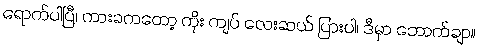
ရောက်ပါပြီ၊ ကားခကတော့ ကိုး ကျပ် လေးဆယ် ပြားပါ၊ ဒီမှာ ဘောက်ချာ။